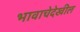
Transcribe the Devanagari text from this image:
भावाचेदेखील